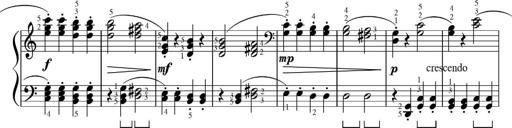
Title: Sonatinas
Composer: Andrew Violette